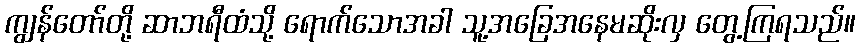
ကျွန်တော်တို့ ဆာဘရီထံသို့ ရောက်သောအခါ သူ့အခြေအနေမဆိုးလှ တွေ့ကြရသည်။